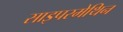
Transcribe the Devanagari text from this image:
साइपरमेथिन